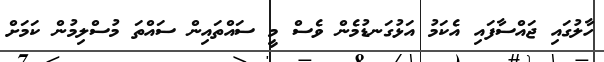
ހާލުގައި ޖައްސާފައި އެކަމު އަޅުގަނޑުމެން ވެސް މީ ސައްތައިން ސައްތަ މުސްލިމުން ކަމަށް